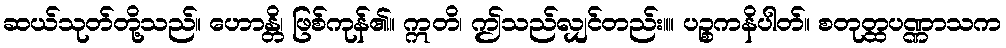
ဆယ်သုတ်တို့သည်။ ဟောန္တိ၊ ဖြစ်ကုန်၏။ ဣတိ၊ ဤသည်လျှင်တည်း။။ ပဉ္စကနိပါတ်။ စတုတ္ထပဏ္ဏာသက